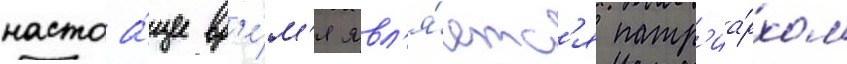
настоа́щее вр'е́м'я явл'я́етс'я патр'иа́рхом